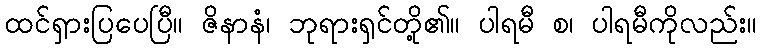
ထင်ရှားပြပေပြီ။ ဇိနာနံ၊ ဘုရားရှင်တို့၏။ ပါရမီ စ၊ ပါရမီကိုလည်း။